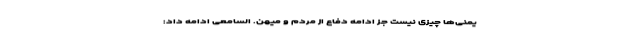
یمنی‌ها چیزی نیست جز ادامه دفاع از مردم و میهن. السامعی ادامه داد: